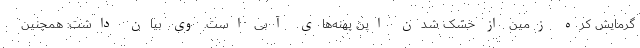
گرمایش کره زمین از خشک شدن این پهنه‌های آبی است. وی بیان داشت: همچنین